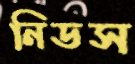
নিডস